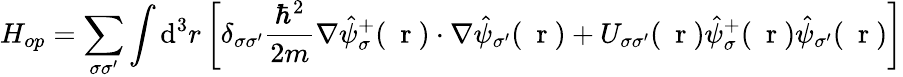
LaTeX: H_{op}=\sum_{\sigma\sigma^{\prime}}\int\mathrm{d}^{3}r\left[\delta_{\sigma\sigma^{\prime}}\frac{{\hbar^{2}}}{{2m}}\nabla\hat{{\psi}}_{\sigma}^{+}(\mathrm{{~\mathbf{~}r~}})\cdot\nabla\hat{{\psi}}_{\sigma^{\prime}}(\mathrm{{~\mathbf{~}r~}})+U_{\sigma\sigma^{\prime}}(\mathrm{{~\mathbf{~}r~}})\hat{{\psi}}_{\sigma}^{+}(\mathrm{{~\mathbf{~}r~}})\hat{{\psi}}_{\sigma^{\prime}}(\mathrm{{~\mathbf{~}r~}})\right]